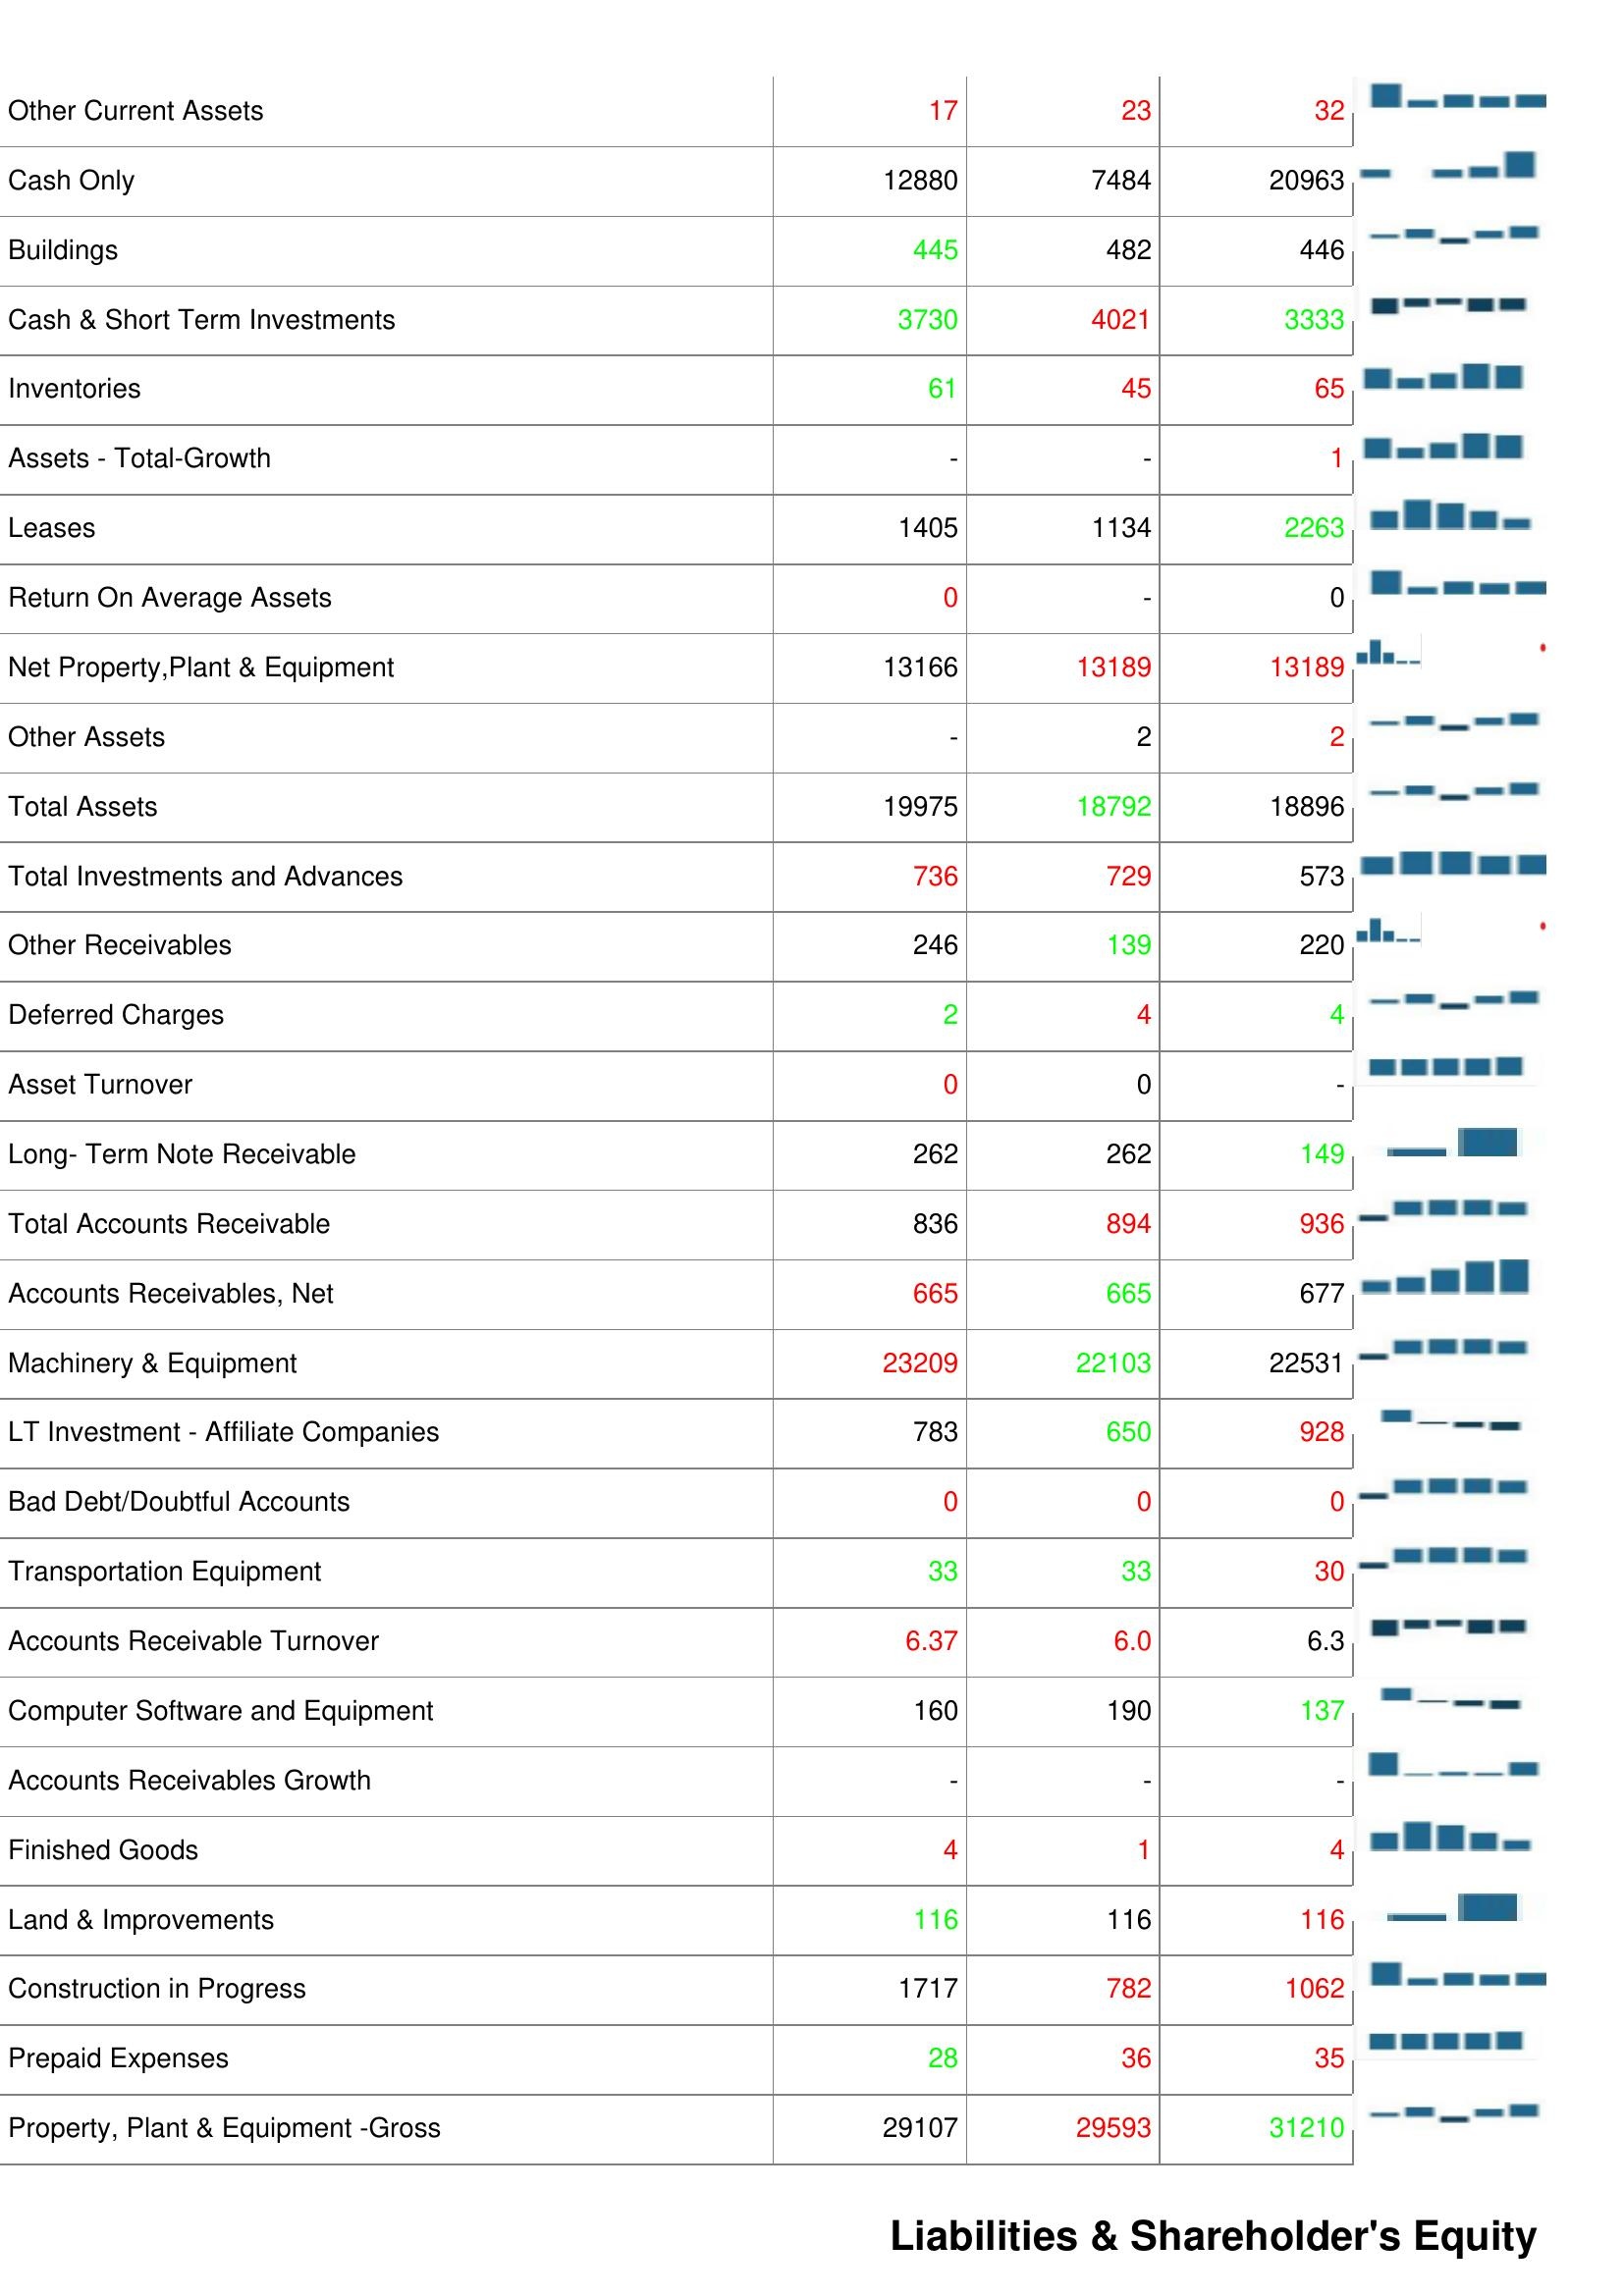
2008: Assets: Total Current Assets: 4438
Accumulated Depreciation: 15446
Raw Materials: 53
Cash & ST Investments / Total Assets: 19.98%
Other Properyt, Plant & Equipment: 3021
Accounts Receivables,Grosss: 805
Cash & Short Term Investments Growth: -14
Other Current Assets: 17
Cash Only: 12880
Buildings: 445
Cash & Short Term Investments: 3730
Inventories: 61
Assets - Total-Growth: -
Leases: 1405
Return On Average Assets: 0
Net Property,Plant & Equipment: 13166
Other Assets: -
Total Assets: 19975
Total Investments and Advances: 736
Other Receivables: 246
Deferred Charges: 2
Asset Turnover: 0
Long- Term Note Receivable: 262
Total Accounts Receivable: 836
Accounts Receivables, Net: 665
Machinery & Equipment: 23209
LT Investment - Affiliate Companies: 783
Bad Debt/Doubtful Accounts: 0
Transportation Equipment: 33
Accounts Receivable Turnover: 6.37
Computer Software and Equipment: 160
Accounts Receivables Growth: -
Finished Goods: 4
Land & Improvements: 116
Construction in Progress: 1717
Prepaid Expenses: 28
Property, Plant & Equipment -Gross: 29107
2009: Assets: Total Current Assets: 4565
Accumulated Depreciation: 16903
Raw Materials: 47
Cash & ST Investments / Total Assets: 16.23%
Other Properyt, Plant & Equipment: 2724
Accounts Receivables,Grosss: 689
Cash & Short Term Investments Growth: -
Other Current Assets: 23
Cash Only: 7484
Buildings: 482
Cash & Short Term Investments: 4021
Inventories: 45
Assets - Total-Growth: -
Leases: 1134
Return On Average Assets: -
Net Property,Plant & Equipment: 13189
Other Assets: 2
Total Assets: 18792
Total Investments and Advances: 729
Other Receivables: 139
Deferred Charges: 4
Asset Turnover: 0
Long- Term Note Receivable: 262
Total Accounts Receivable: 894
Accounts Receivables, Net: 665
Machinery & Equipment: 22103
LT Investment - Affiliate Companies: 650
Bad Debt/Doubtful Accounts: 0
Transportation Equipment: 33
Accounts Receivable Turnover: 6.0
Computer Software and Equipment: 190
Accounts Receivables Growth: -
Finished Goods: 1
Land & Improvements: 116
Construction in Progress: 782
Prepaid Expenses: 36
Property, Plant & Equipment -Gross: 29593
2010: Assets: Total Current Assets: 4853
Accumulated Depreciation: 16541
Raw Materials: 57
Cash & ST Investments / Total Assets: 16.06%
Other Properyt, Plant & Equipment: 2341
Accounts Receivables,Grosss: 774
Cash & Short Term Investments Growth: 14
Other Current Assets: 32
Cash Only: 20963
Buildings: 446
Cash & Short Term Investments: 3333
Inventories: 65
Assets - Total-Growth: 1
Leases: 2263
Return On Average Assets: 0
Net Property,Plant & Equipment: 13189
Other Assets: 2
Total Assets: 18896
Total Investments and Advances: 573
Other Receivables: 220
Deferred Charges: 4
Asset Turnover: -
Long- Term Note Receivable: 149
Total Accounts Receivable: 936
Accounts Receivables, Net: 677
Machinery & Equipment: 22531
LT Investment - Affiliate Companies: 928
Bad Debt/Doubtful Accounts: 0
Transportation Equipment: 30
Accounts Receivable Turnover: 6.3
Computer Software and Equipment: 137
Accounts Receivables Growth: -
Finished Goods: 4
Land & Improvements: 116
Construction in Progress: 1062
Prepaid Expenses: 35
Property, Plant & Equipment -Gross: 31210